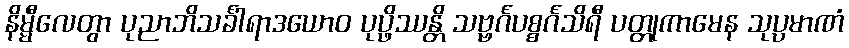
နိမ္မီလေတွာ ပုညာဘိသင်္ခါရာဒယောဝ ပုပ္ဖိဿန္တိ သဗ္ဗင်္ဂပစ္စင်္ဂသိရီ ပတ္တုကာမေန သုပ္ပမာဏံ